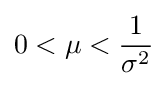
0<\mu <{\frac {1}{\sigma ^{2}}}